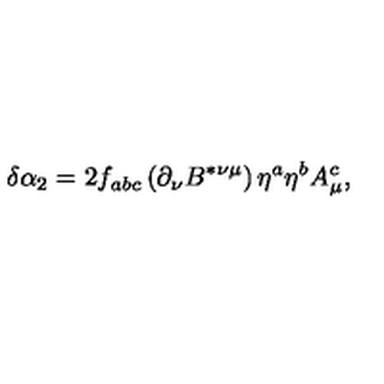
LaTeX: \delta \alpha _ { 2 } = 2 f _ { a b c } \left( \partial _ { \nu } B ^ { * \nu \mu } \right) \eta ^ { a } \eta ^ { b } A _ { \mu } ^ { c } ,